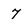
Character: 7